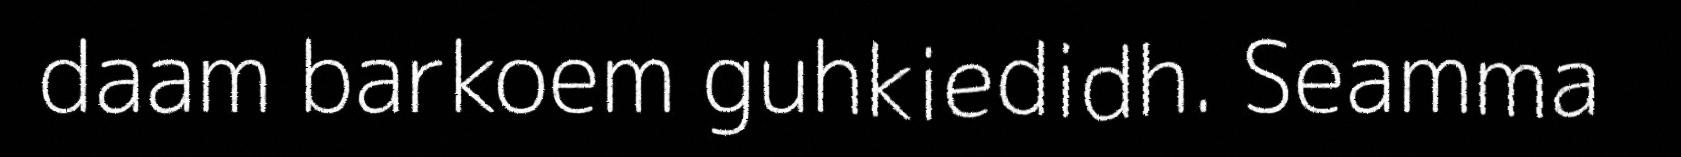
daam barkoem guhkiedidh. Seamma